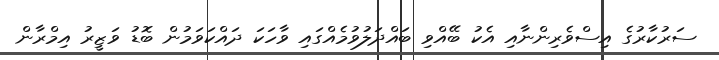
ސަރުކާރުގެ އިސްވެރިންނާއި އެކު ބޭއްވި ބައްދަލުވުމެއްގައި ވާހަކަ ދައްކަވަމުން ބޮޑު ވަޒީރު އިމްރާން